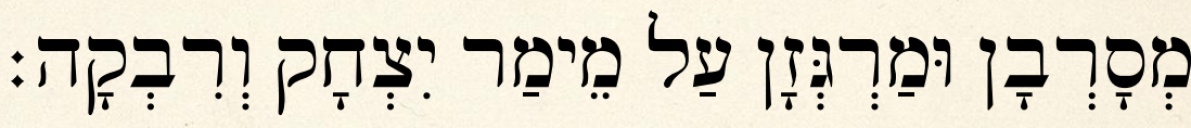
מְסָרְבָן וּמַרְגְּזָן עַל מֵימַר יִצְחָק וְרִבְקָה׃